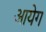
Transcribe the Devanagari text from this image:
आयेग